Problem: 90 + 24 = ?
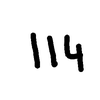
Handwritten answer: 114